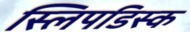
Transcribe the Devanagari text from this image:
स्लिपडिस्क